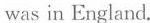
was in England.